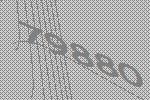
79880